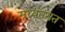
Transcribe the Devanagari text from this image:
मध्यंतरात